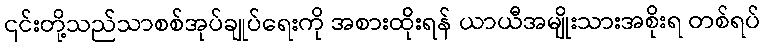
၎င်းတို့သည်သာစစ်အုပ်ချုပ်ရေးကို အစားထိုးရန် ယာယီအမျိုးသားအစိုးရ တစ်ရပ်